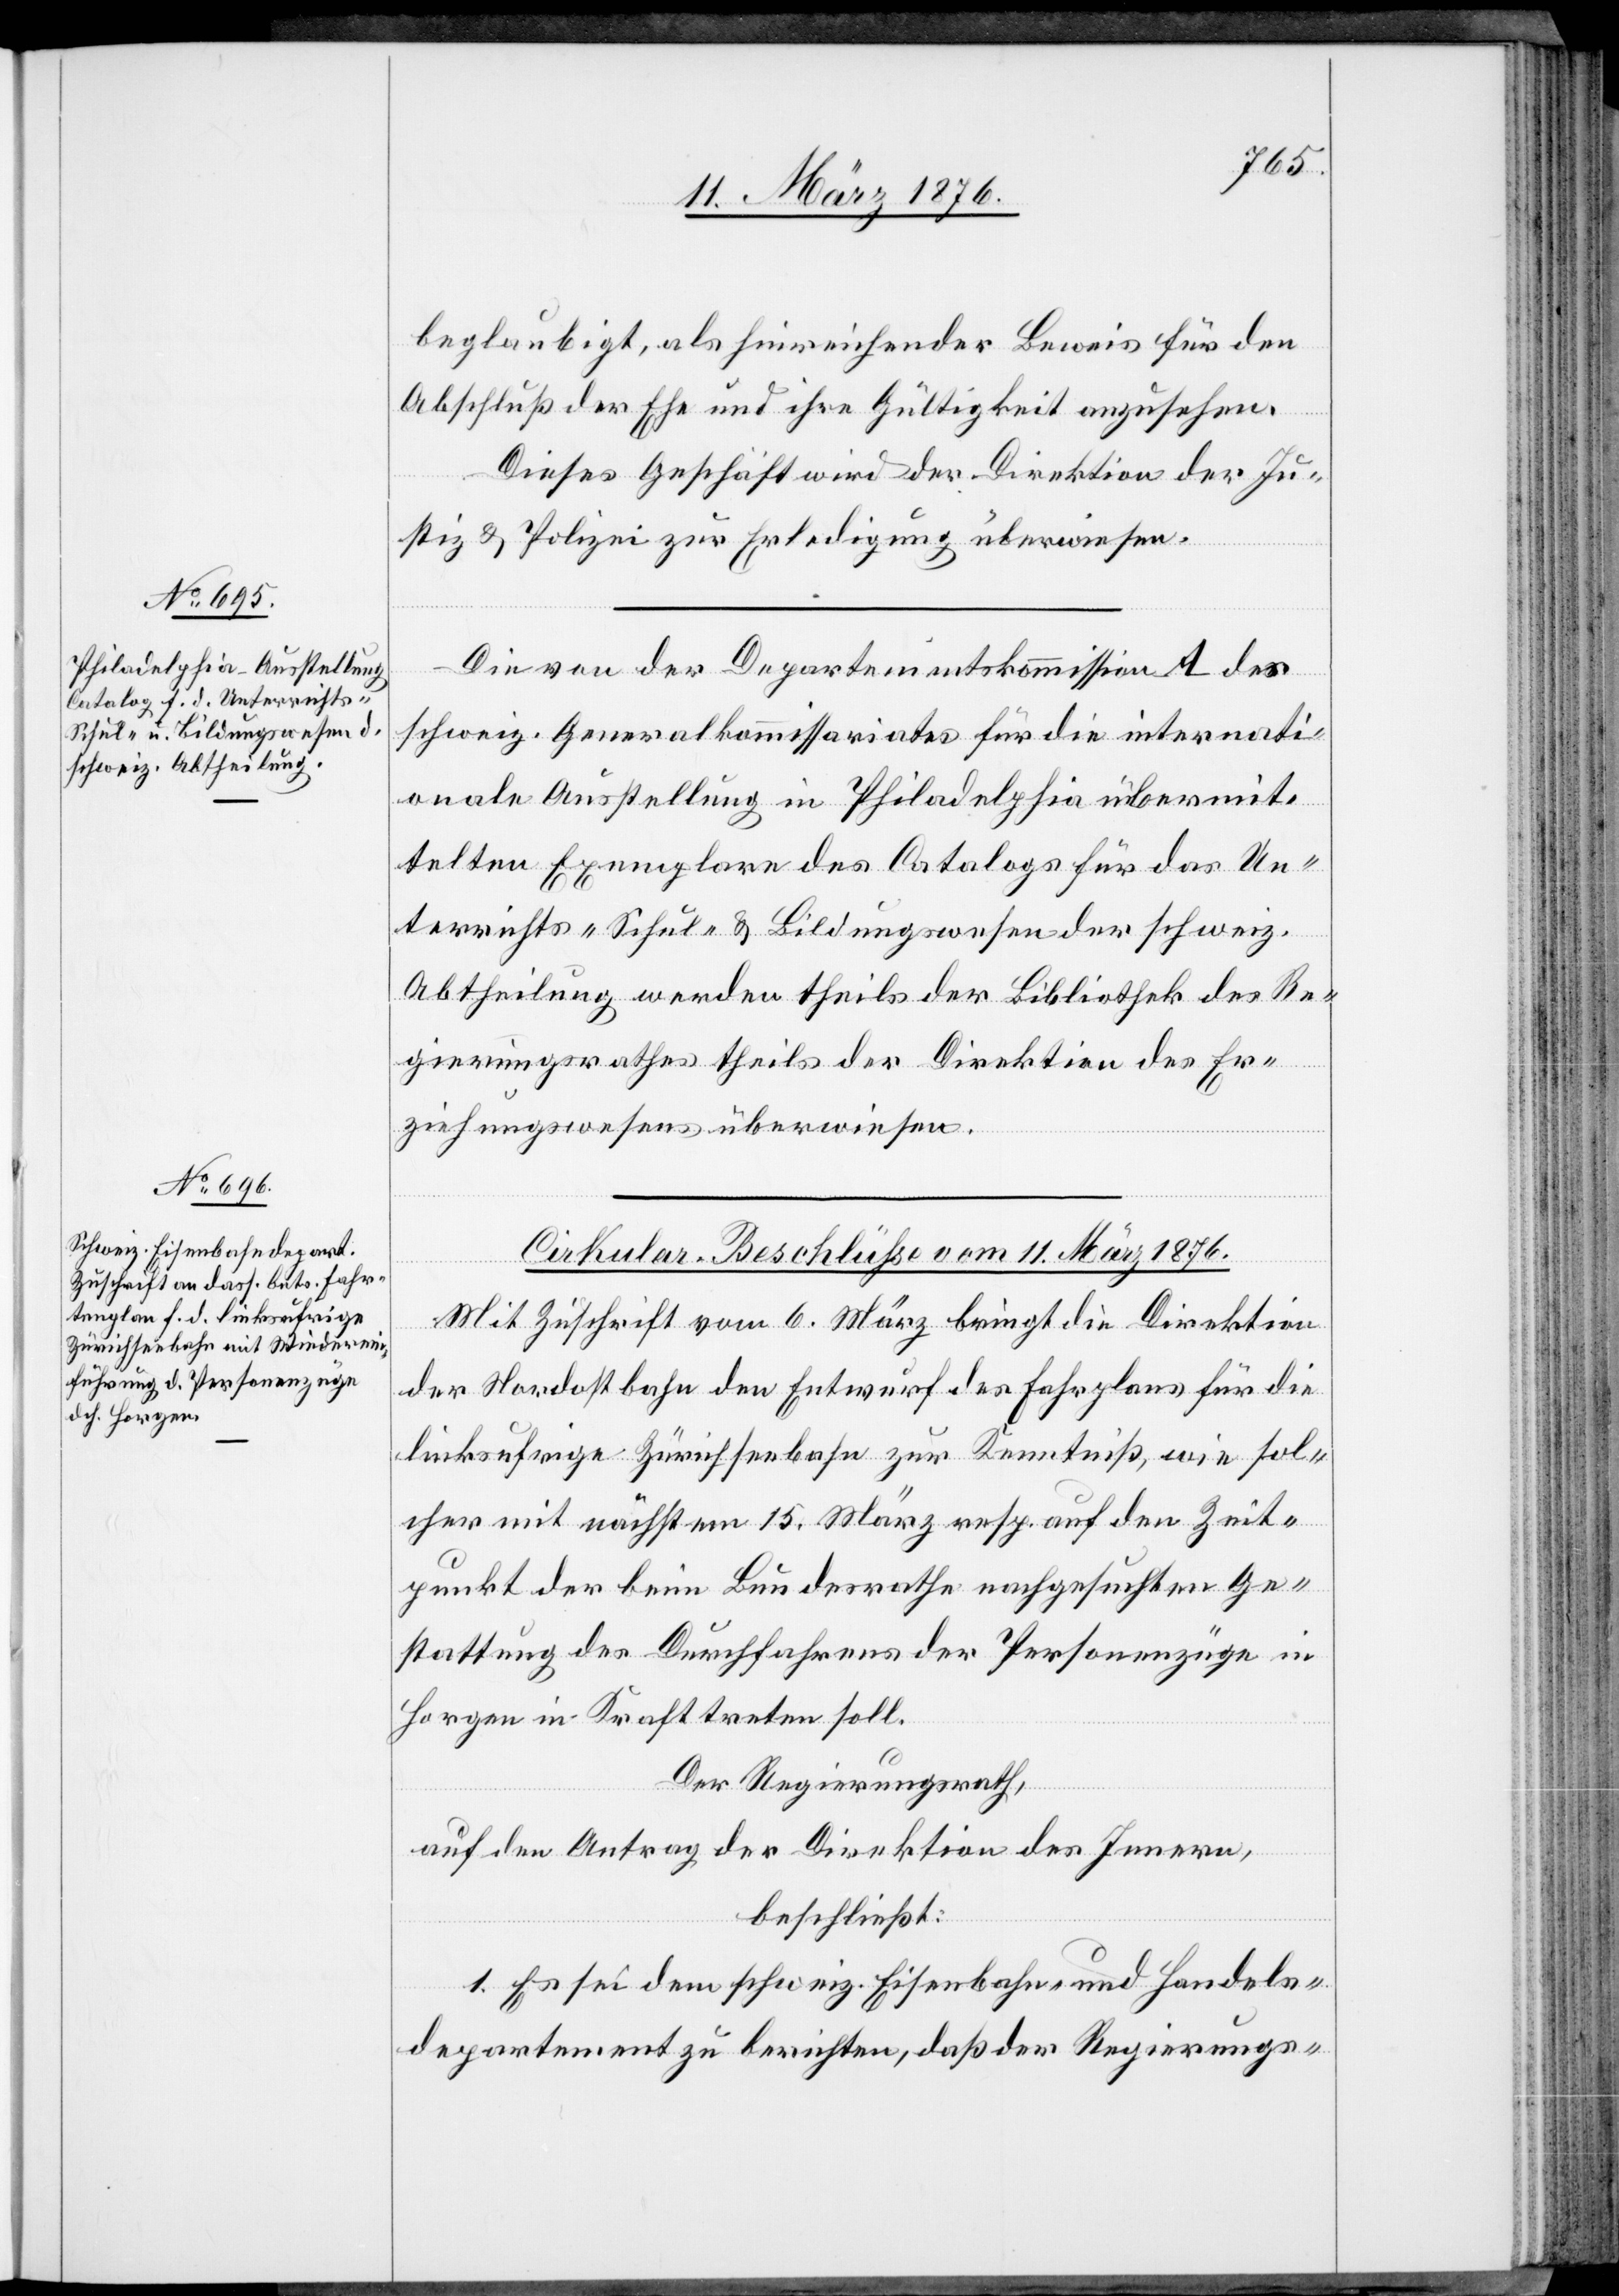
beglaubigt, als hinreichender Beweis für den
Abschluß der Ehe und ihre Gültigkeit anzusehen.
Dieses Geschäft wird der Direktion der Ju¬
stiz & Polizei zur Erledigung überwiesen.
Die von der Departementskommission A des
schweiz. Generalkommissariats für die internati¬
onale Ausstellung in Philadelphia übermit¬
telten Exemplare des Catalogs für das Un¬
terrichts-[,] Schul- & Bildungswesen der schweiz.
Abtheilung werden theils der Bibliothek des Re¬
gierungsrathes theils der Direktion des Er¬
ziehungswesens überwiesen.
Cirkular-Beschlüsse vom 11. März 1876.
Mit Zuschrift vom 6. März bringt die Direktion
der Nordostbahn den Entwurf des Fahrplans für die
linksufrige Zürichseebahn zur Kenntniß, wie sol¬
cher mit nächstem 15. März resp. auf den Zeit¬
punkt der beim Bundesrathe nachgesuchten Ge¬
stattung des Durchfahrens der Personenzüge in
Horgen in Kraft treten soll.
Der Regierungsrath,
auf den Antrag der Direktion des Innern,
beschließt:
1. Es sei dem schweiz. Eisenbahn und Handels¬
departement zu berichten, daß der Regierungs-